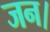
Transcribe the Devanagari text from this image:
जन।